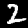
Label: 2